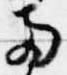
両